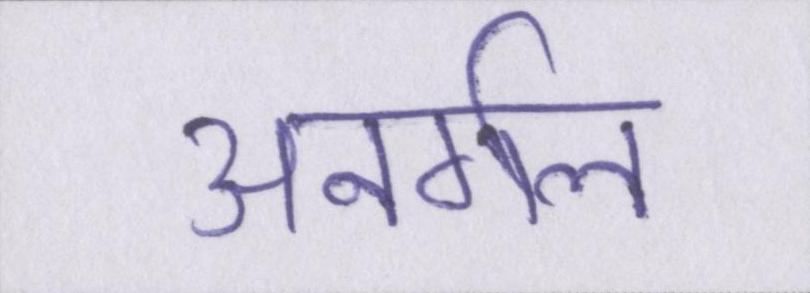
अनर्गल